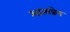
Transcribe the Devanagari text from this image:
आत्मप्रेम